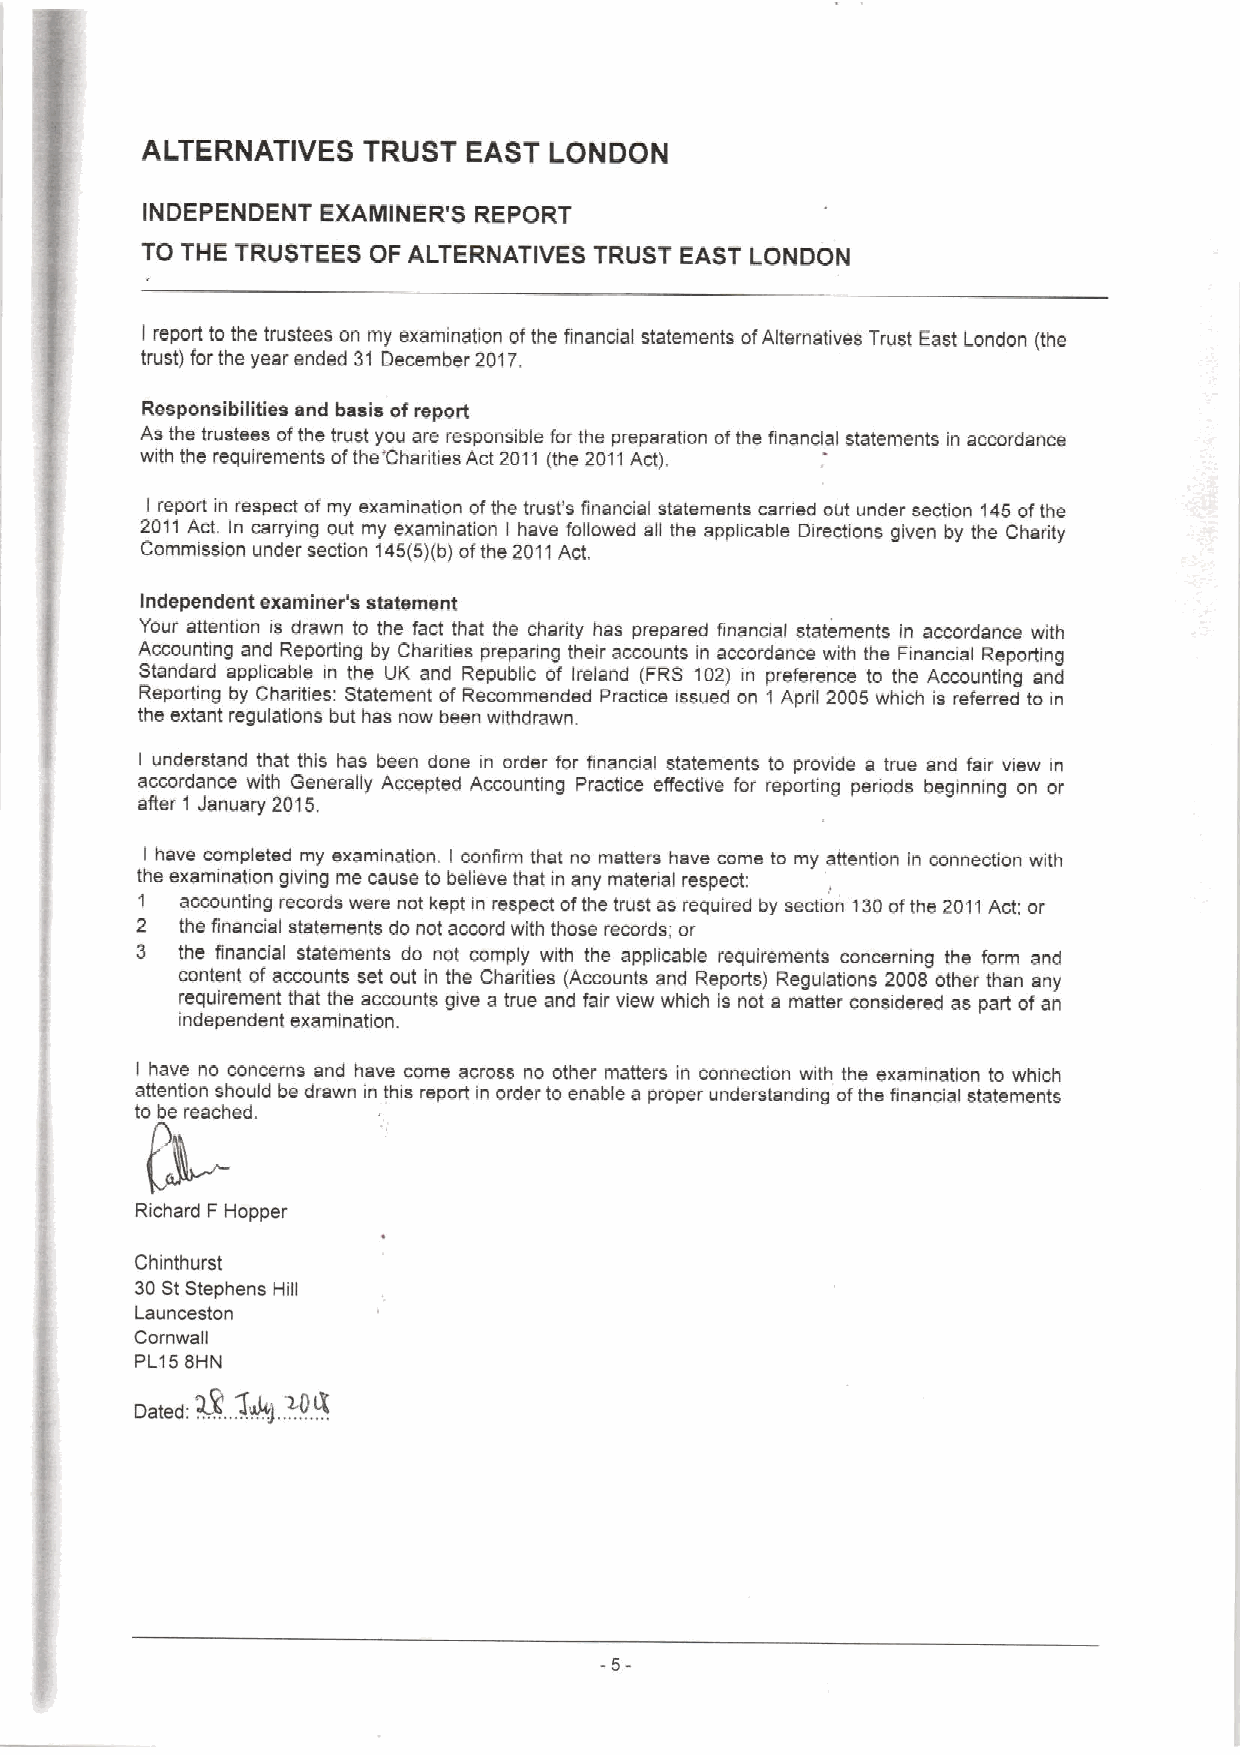
ALTERNATIVES   TRUST  EAST LONDON
 INDEPENDENT EXAMINER'S REPORT
 TO TWE TRUSTEES OF ALTERNATIVES TRUST EAST LONDON
 I report to the trustees on my examination ofthe financial statements ofAlternatives Trust East London (the
 trust) for the year ended 31 December 2017.
 Responsibilities and basis ofreport
 As the trustees ofthe trust you are responsible for the preparation ofthe financial statements in accordance
 with the requirements ofthe'Charities Act2011 (the 2011Act).
 I report in respect of my examination ofthe trust's financial statements carried out under section 145ofthe
 2011Act. In carrying out my examination I have followed all the applicable Directions given by the Charity
 Commission under section 145(5)(b)ofthe 2011Act.
 Independent examiner's statement
 Your attention is drawn to the fact that the charity has prepared financial statements in accordance with
 Accounting and Reporting by Chanties preparing their accounts in accordance with the Finanmal Reporting
 standard applicable in the LIK and Republic of Ireland (FRs 102) in preference to the Accounting and
 Reporting by Charities: Statement of Recommended Practice issued on 1 April 2005 which is referred to in
 the extant regulations but has now been withdrawn.
 I understand that this has been done in order for financial statements to provide a true and fair wew in
 accordance with Generally Accepted Accounting Practice effective for reporting penods beginning on or
 after 1 January 2015.
 I have completed my examination. I confirm that no matters have come to my attention in connecfion with
 the examination giving me cause to believe that in any material respect;
 1  accounting records were not kept in respect ofthe trust as required by section 130ofthe 2011Act; or
 2  the financial statements do not accord with those records; or
 3  the financial statements do not comply with the applicable requirements concerning the form and
 content of accounts set out in the Charities (Accounts and Reports) Regulations 2008 other than any
 requirement that the accounts give a true and fair view which is not a matter considered as part ofan
 independent examination.
 I have no concerns and have come across no other matters in conneclion with the examination to which
 attention should be drawn in this report in order to enable s proper understanding ofthe fi'nancial statements
 to be reached.
 Richard F Hopper
 Chinthurst
 30StStephens
 Hill
 Launceston
 Cornwall
 PL15 SHN